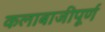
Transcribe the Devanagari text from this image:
कलाबाजीपूर्ण